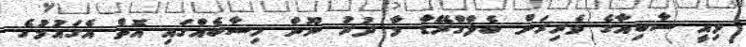
މިއީ ސާބިއާގެ ވެރިރަށް ބެލްގްރޭޑާ މާ ދުރު ނޫން ހިސާބެއްގައި އޮތް އެގައުމުގެ